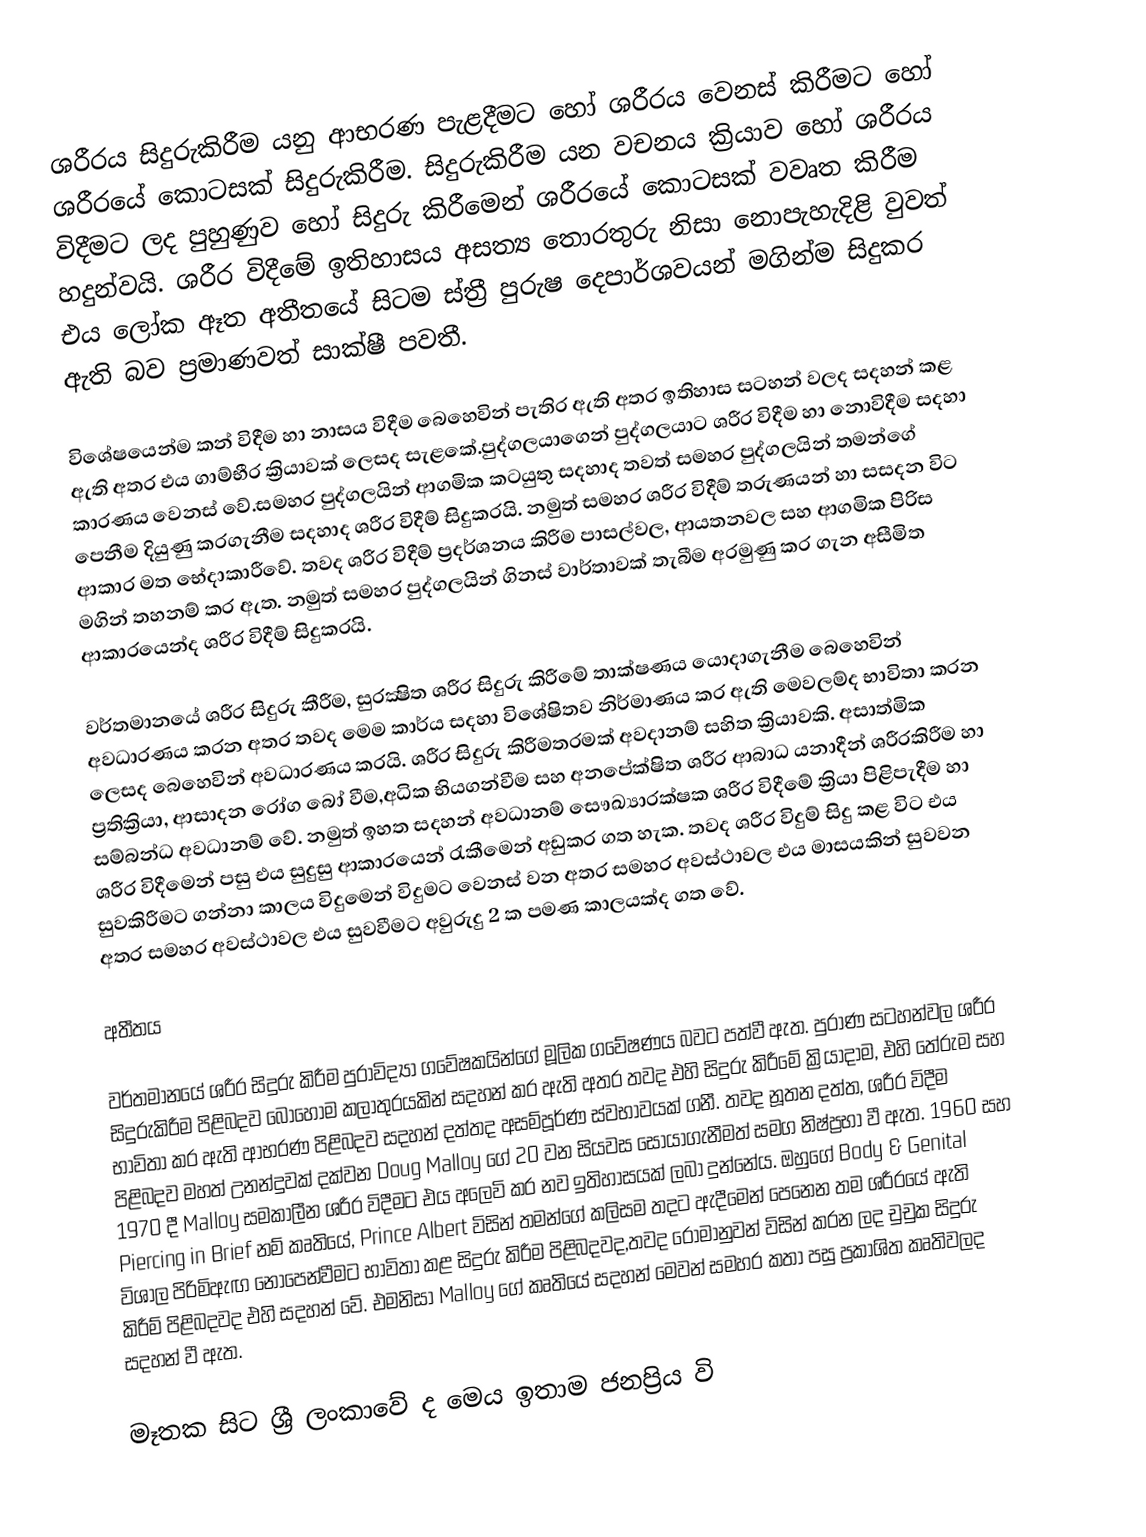
ශරීරය සිදුරුකිරීම යනු ආභරණ පැළදීමට හෝ ශරීරය වෙනස් කිරීමට හෝ ශරීරයේ කොටසක් සිදුරුකිරීම. සිදුරුකිරීම යන වචනය ක්‍රියාව හෝ ශරීරය විදීමට ලද පුහුණුව හෝ සිදුරු කිරීමෙන් ශරීරයේ කොටසක් වවෘත කිරීම හදුන්වයි. ශරීර විදීමේ ඉතිහාසය අසත්‍ය තොරතුරු නිසා නොපැහැදිළි වුවත් එය ලෝක ඈත අතීතයේ සිටම ස්ත්‍රී පුරුෂ දෙපාර්ශවයන් මගින්ම සිදුකර ඇති බව ප්‍රමාණවත් සාක්ෂී පවතී.

විශේෂයෙන්ම කන් විදීම හා නාසය විදීම බෙහෙවින් පැතිර ඇති අතර ඉතිහාස සටහන් වලද සදහන් කළ ඇති අතර එය ගාම්භීර ක්‍රියාවක් ලෙසද සැළකේ.පුද්ගලයාගෙන් පුද්ගලයාට ශරීර විදීම හා නොවිදීම සදහා කාරණය වෙනස් වේ.සමහර පුද්ගලයින් ආගමික කටයුතු සදහාද තවත් සමහර පුද්ගලයින් තමන්ගේ පෙනීම දියුණු කරගැනීම සදහාද ශරීර විදීම් සිදුකරයි. නමුත් සමහර ශරීර විදීම් තරුණයන් හා සසදන විට ආකාර මත භේදාකාරීවේ. තවද ශරීර විදීම් ප්‍රදර්ශනය කිරීම පාසල්වල, ආයතනවල සහ ආගමික පිරිස මගින් තහනම් කර ඇත. නමුත් සමහර පුද්ගලයින් ගිනස් වාර්තාවක් තැබීම අරමුණු කර ගැන අසීමිත ආකාරයෙන්ද ශරීර විදීම් සිදුකරයි.

වර්තමානයේ ශරීර සිදුරු කීරීම, සුරක්‍ෂිත ශරීර සිදුරු කිරීමේ තාක්ෂණය යොදාගැනීම බෙහෙවින් අවධාරණය කරන අතර තවද මෙම කාර්ය සදහා විශේෂිතව නිර්මාණය කර ඇති මෙවලම්ද භාවිතා කරන ලෙසද බෙහෙවින් අවධාරණය කරයි. ශරීර සිදුරු කිරීමතරමක් අවදානම් සහිත ක්‍රියාවකි. අසාත්මික ප්‍රතික්‍රියා, ආසාදන රෝග බෝ වීම,අධික භියගන්වීම සහ අනපේක්ෂිත ශරීර ආබාධ යනාදීන් ශරීරකිරීම හා සම්බන්ධ අවධානම් වේ. නමුත් ඉහත සදහන් අවධානම් සෞඛ්‍යාරක්ෂක ශරීර විදීමේ ක්‍රියා පිළිපැදීම හා ශරීර විදීමෙන් පසු එය සුදුසු ආකාරයෙන් රැකීමෙන් අඩුකර ගත හැක. තවද  ශරීර විදුම් සිදු කළ විට එය සුවකිරීමට ගන්නා කාලය විදුමෙන් විදුමට වෙනස් වන අතර සමහර අවස්ථාවල එය මාසයකින් සුවවන අතර සමහර අවස්ථාවල එය සුවවීමට අවුරුදු 2 ක පමණ කාලයක්ද ගත වේ.

අතීතය

වර්තමානයේ ශරීර සිදුරු කිරීම පුරාවිද්‍යා ගවේෂකයින්ගේ මූලික ගවේෂණය බවට පත්වී ඇත. පුරාණ සටහන්වල ශරීර සිදුරුකිරීම පිළිබදව බොහොම කලාතුරයකින් සදහන් කර ඇති අතර තවද එහි සිදුරු කිරීමේ ක්‍රියාදාම, එහි තේරුම සහ භාවිතා කර ඇති ආභරණ පිළිබදව සදහන් දත්තද අසම්පූර්ණ ස්වභාවයක් ගනී. තවද නූතන දත්ත, ශරීර විදීම පිළිබදව මහත් උනන්දුවක් දක්වන Doug Malloy  ගේ 20 වන සියවස සොයාගැනීමත් සමග නිෂ්ප්‍රභා වී ඇත. 1960 සහ 1970 දී Malloy සමකාලීන ශරීර විදීමට එය අලෙවි කර නව ඉතිහාසයක් ලබා දුන්නේය. ඔහුගේ Body & Genital Piercing in Brief නම් කෘතියේ, Prince Albert විසින් තමන්ගේ කලිසම තදට ඇදීමෙන් පෙනෙන තම ශරීරයේ ඇති විශාල පිරිමිඇඟ නොපෙන්වීමට භාවිතා කළ සිදුරු කිරීම පිළිබදවද,තවද රෝමානුවන් විසින් කරන ලද චුචුක සිදුරු කිරීම් පිළිබදවද එහි සදහන් වේ. එමනිසා Malloy ගේ කෘතියේ සදහන් මෙවන් සමහර කතා පසු ප්‍රකාශිත කෘතිවලද සදහන් වී ඇත.

මෑතක සිට ශ්‍රී ලංකාවේ ද මෙය ඉතාම ජනප්‍රිය වි